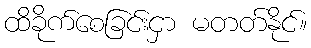
ထိခိုက်စေခြင်းငှာ မတတ်နိုင်။